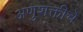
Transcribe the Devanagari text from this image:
अणुशक्तीचे